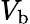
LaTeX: V_{\mathrm{b}}